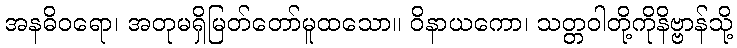
အနဓိဝရော၊ အတုမရှိမြတ်တော်မူထသော။ ဝိနာယကော၊ သတ္တဝါတို့ကိုနိဗ္ဗာန်သို့